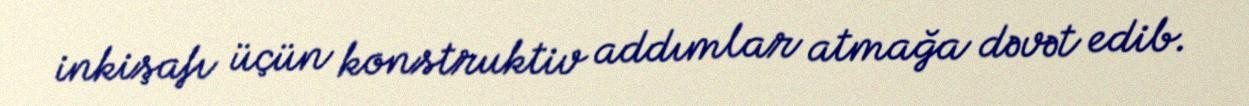
inkişafı üçün konstruktiv addımlar atmağa dəvət edib.